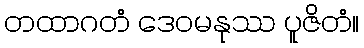
တထာဂတံ ဒေဝမနုဿ ပူဇိတံ။